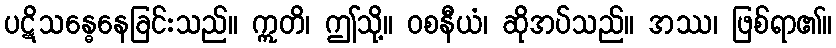
ပဋိသန္ဓေနေခြင်းသည်။ ဣတိ၊ ဤသို့။ ဝစနီယံ၊ ဆိုအပ်သည်။ အဿ၊ ဖြစ်ရာ၏။